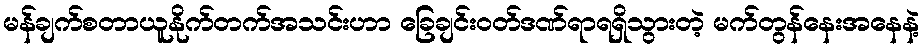
မန်ချက်စတာယူနိုက်တက်အသင်းဟာ ခြေချင်းဝတ်ဒဏ်ရာရရှိသွားတဲ့ မက်တွန်နေးအနေနဲ့